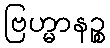
ဗြဟ္မာနဉ္စ